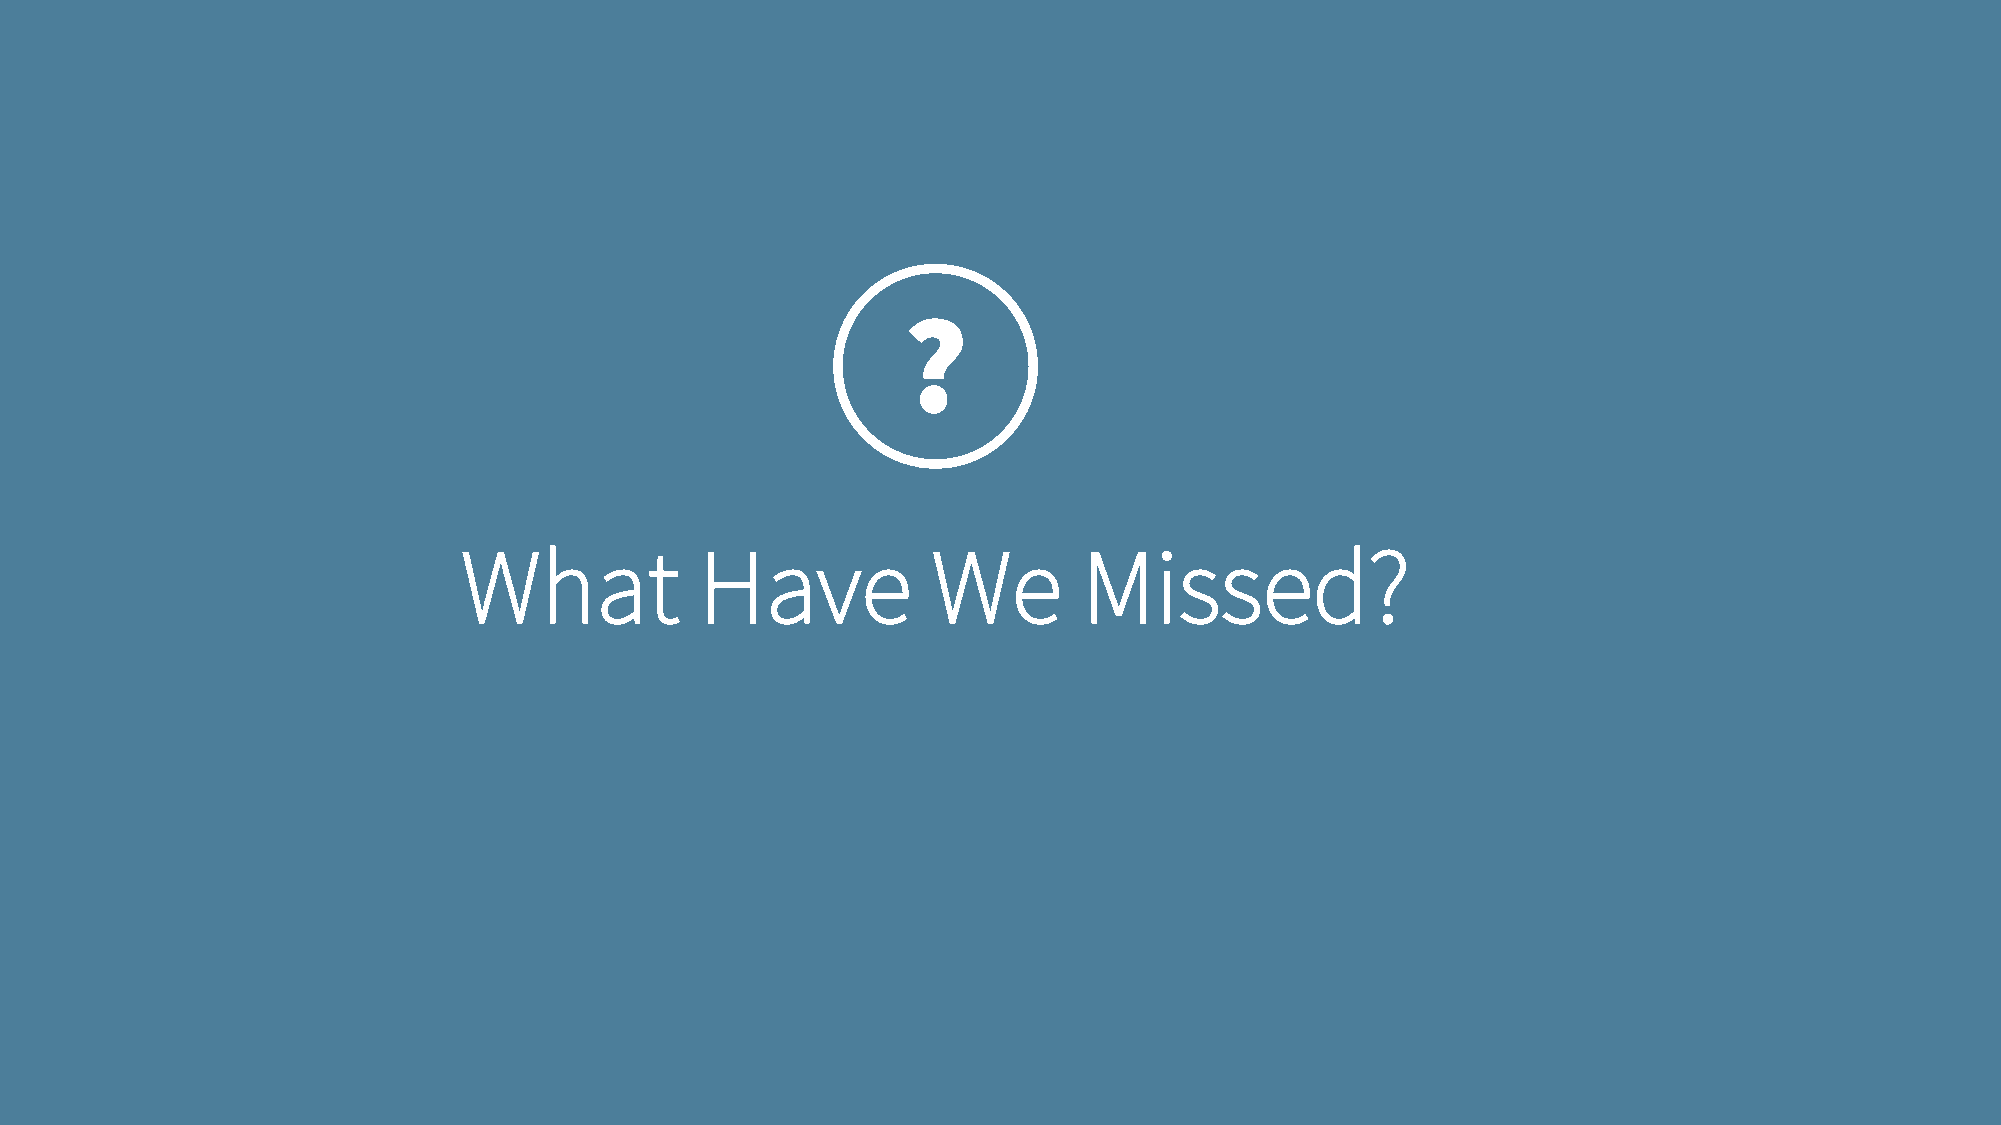
?
 What           Have            We        Missed?